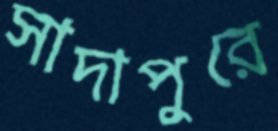
সাদাপুরে